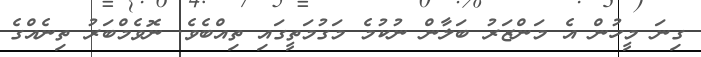
ގިނަ މީހުން އެ މަންޒަރު ބަލާން ނުކުމެ މަގުމަތީގައި ތިއްބެވެ. ނޮވެމްބަރު ތިނެއްގެ